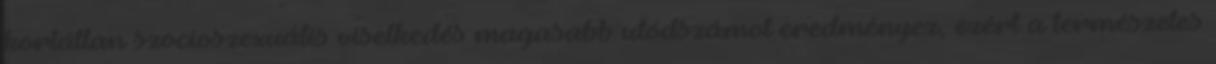
korlátlan szocioszexuális viselkedés magasabb utódszámot eredményez, ezért a természetes